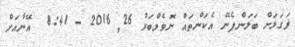
ޜަގަޅަށް ބަލަންފެނޭ އެކަންތައް ނޮވެމްބަރު 26